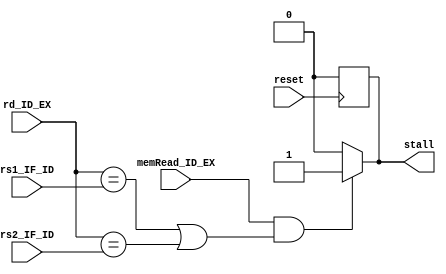
module Hazard_detection(stall,memRead_ID_EX,rd_ID_EX,rs1_IF_ID,rs2_IF_ID,reset);
output reg stall;
input [4:0]rd_ID_EX,rs1_IF_ID,rs2_IF_ID;
input memRead_ID_EX,reset;

always@(negedge reset)
begin
if(reset==0) stall=0;
end

always@(*)
begin
if(memRead_ID_EX==1 && ((rd_ID_EX==rs1_IF_ID)||(rd_ID_EX==rs2_IF_ID))) stall = 1;
else stall = 0;
end

endmodule